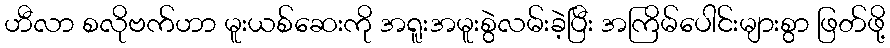
ဟီလာ စလိုဗက်ဟာ မူးယစ်ဆေးကို အရူးအမူးစွဲလမ်းခဲ့ပြီး အကြိမ်ပေါင်းများစွာ ဖြတ်ဖို့